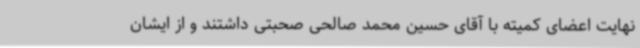
نهایت اعضای کمیته با آقای حسین محمد صالحی صحبتی داشتند و از ایشان